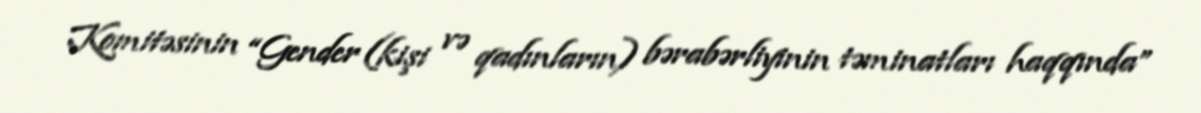
Komitəsinin “Gender (kişi və qadınların) bərabərliyinin təminatları haqqında”